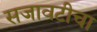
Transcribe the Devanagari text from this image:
सजावटीचा